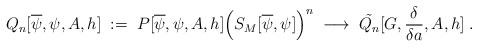
\begin{align*}Q_n[\overline{\psi},\psi,A,h] \; := \;P[\overline{\psi},\psi,A,h] \Big(S_M[\overline{\psi},\psi]\Big)^n \;\longrightarrow \; \tilde{Q_n} [G,\frac{\delta}{\delta a},A,h] \; .\end{align*}